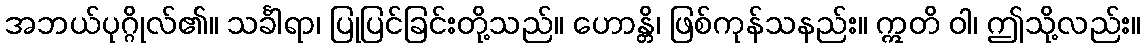
အဘယ်ပုဂ္ဂိုလ်၏။ သင်္ခါရာ၊ ပြုပြင်ခြင်းတို့သည်။ ဟောန္တိ၊ ဖြစ်ကုန်သနည်း။ ဣတိ ဝါ၊ ဤသို့လည်း။